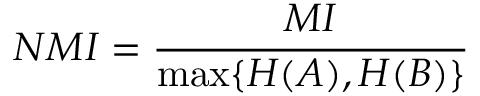
N M I = \frac { M I } { \operatorname* { m a x } \{ H ( A ) , H ( B ) \} }